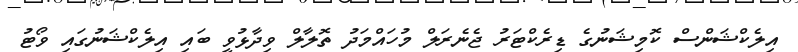
އިލެކްޝަންސް ކޮމިޝަނުގެ ޑިރެކްޓަރު ޖެނެރަލް މުހައްމަދު ތޮލާލް ވިދާޅުވީ ބައި އިލެކްޝަނުގައި ވޯޓު